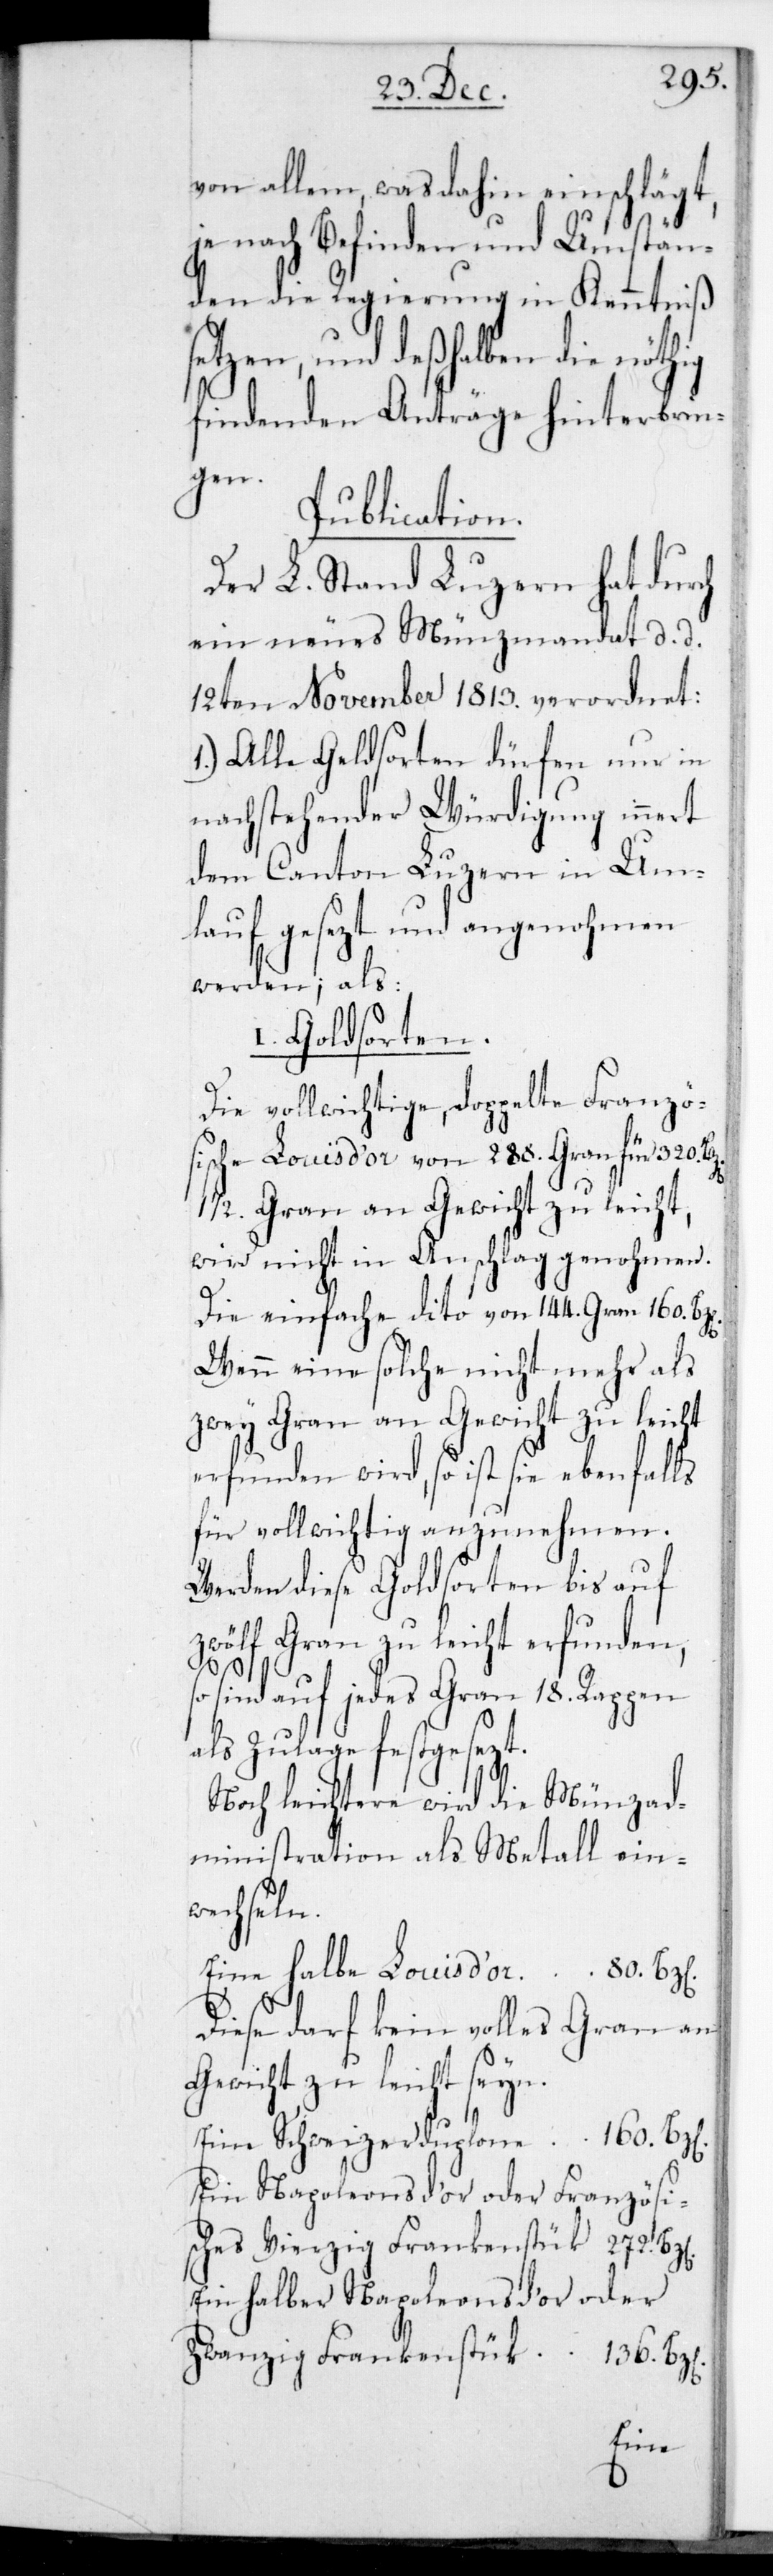
von allem, was dahin einschlägt,
je nach Befinden und Umstän¬
den die Regierung in Kenntniß
setzen, und deshalben die nöthig
findenden Anträge hinterbrin¬
gen.
Publication.
Der L. Stand Luzern hat durch
ein neues Münzmandat, datiert
12ten November 1813. verordnet:
1.) Alle Geldsorten dürfen nur in
nachstehender Würdigung innert
dem Canton Luzern in Um¬
lauf gesetzt und angenohmen
werden; als
I. Goldsorten.
Die vollwichtige, doppelte Franzö¬
sische Louis d’or von 288. Gran für 320.
1/2. Gran an Gewicht zu leicht,
wird nicht in Anschlag genohmen.
Die einfach dito von 144. Gran 160.
Wenn eine solche nicht mehr als
zwey Gran an Gewicht zu leicht
erfunden wird, so ist sie ebenfalls
für vollwichtig anzunehmen.
Werden diese Goldsorten bis auf
zwölf Gran zu leicht erfunden,
sind auf jedes Gran 18. Rappen
als Zulage festgesetzt.
Noch leichtere wird die Münzad¬
ministration als Metall ein¬
wechseln.
Eine halbe Louis d’or 80.
Diese darf kein volles Gran an
Gewicht zu leicht sein.
Eine Schweizerduplone für 160.
Ein Napoleons d’or oder Französi¬
sches Vierzig Frankenstück 272.
Ein halber Napoleons d’or oder
Zwanzig Frankenstück 136. B¬
z[en].